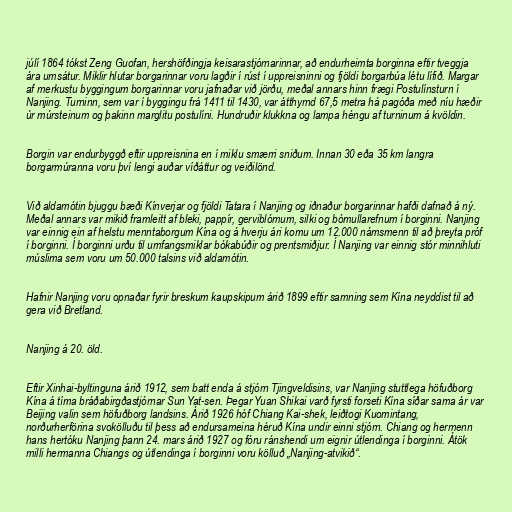
júlí 1864 tókst Zeng Guofan, hershöfðingja keisarastjórnarinnar, að endurheimta borginna eftir tveggja
ára umsátur. Miklir hlutar borgarinnar voru lagðir í rúst í uppreisninni og fjöldi borgarbúa létu lífið. Margar
af merkustu byggingum borgarinnar voru jafnaðar við jörðu, meðal annars hinn frægi Postulínsturn í
Nanjing. Turninn, sem var í byggingu frá 1411 til 1430, var átthyrnd 67,5 metra há pagóða með níu hæðir
úr múrsteinum og þakinn marglitu postulíni. Hundruðir klukkna og lampa héngu af turninum á kvöldin.

Borgin var endurbyggð eftir uppreisnina en í miklu smærri sniðum. Innan 30 eða 35 km langra
borgarmúranna voru því lengi auðar víðáttur og veiðilönd.

Við aldamótin bjuggu bæði Kínverjar og fjöldi Tatara í Nanjing og iðnaður borgarinnar hafði dafnað á ný.
Meðal annars var mikið framleitt af bleki, pappír, gerviblómum, silki og bómullarefnum í borginni. Nanjing
var einnig ein af helstu menntaborgum Kína og á hverju ári komu um 12.000 námsmenn til að þreyta próf
í borginni. Í borginni urðu til umfangsmiklar bókabúðir og prentsmiðjur. Í Nanjing var einnig stór minnihluti
múslima sem voru um 50.000 talsins við aldamótin.

Hafnir Nanjing voru opnaðar fyrir breskum kaupskipum árið 1899 eftir samning sem Kína neyddist til að
gera við Bretland.

Nanjing á 20. öld.

Eftir Xinhai-byltinguna árið 1912, sem batt enda á stjórn Tjingveldisins, var Nanjing stuttlega höfuðborg
Kína á tíma bráðabirgðastjórnar Sun Yat-sen. Þegar Yuan Shikai varð fyrsti forseti Kína síðar sama ár var
Beijing valin sem höfuðborg landsins. Árið 1926 hóf Chiang Kai-shek, leiðtogi Kuomintang,
norðurherförina svokölluðu til þess að endursameina héruð Kína undir einni stjórn. Chiang og hermenn
hans hertóku Nanjing þann 24. mars árið 1927 og fóru ránshendi um eignir útlendinga í borginni. Átök
milli hermanna Chiangs og útlendinga í borginni voru kölluð „Nanjing-atvikið“.